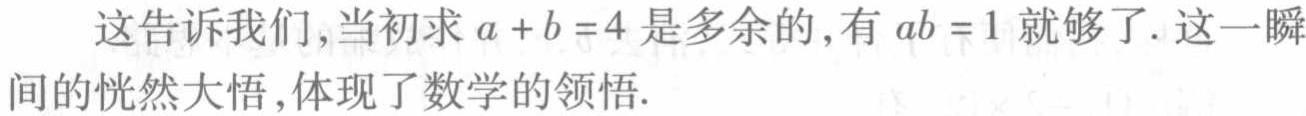
这告诉我们,当初求\(a + b =4\)是多余的,有\(ab =1\)就够了. 这一瞬间的恍然大悟,体现了数学的领悟.